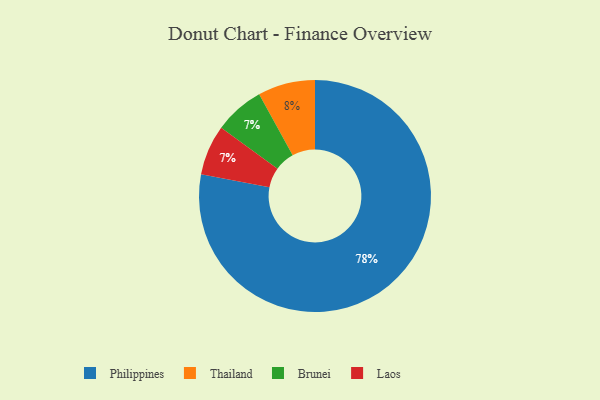
{"axis": {"x": "Category", "y": "Percentage"}, "legend": ["Brunei", "Laos", "Philippines", "Thailand"], "data": [{"x": "Philippines", "y": 78, "type": "Philippines"}, {"x": "Thailand", "y": 8, "type": "Thailand"}, {"x": "Brunei", "y": 7, "type": "Brunei"}, {"x": "Laos", "y": 7, "type": "Laos"}]}